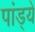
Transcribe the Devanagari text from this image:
पांड्ये